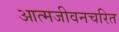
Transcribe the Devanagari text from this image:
आत्मजीवनचरित